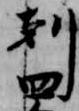
剋